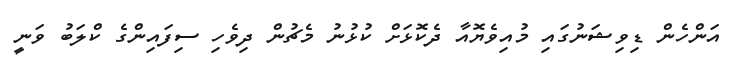
އަންހެން ޑިވިޝަނުގައި މުއިވެޔޮއާ ދެކޮޅަށް ކުޅުނު މެޗުން ދިވެހި ސިފައިންގެ ކްލަބު ވަނީ